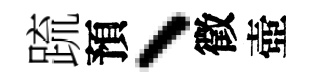
䟽預、徵壺